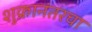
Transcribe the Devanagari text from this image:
शुक्रानंतरचा